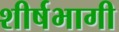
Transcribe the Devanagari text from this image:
शीर्षभागी